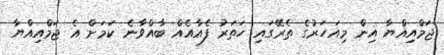
ޖަމްއިއްޔާ އިން މިއަހަރުގެ ތެރޭގައި ހަތަރު ފެއާއެއް ބާއްވާނެ ކަމަށް އެ ޖަމްއިއްޔާ